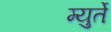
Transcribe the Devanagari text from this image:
म्युर्ते